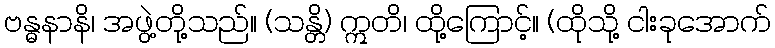
ဗန္ဓနာနိ၊ အဖွဲ့တို့သည်။ (သန္တိ) ဣတိ၊ ထို့ကြောင့်။ (ထိုသို့ ငါးခုအောက်